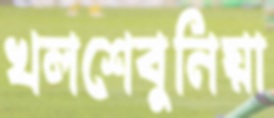
খলশেবুনিয়া